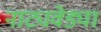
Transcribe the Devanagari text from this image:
नाट्यवेड्या